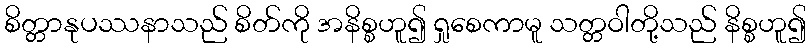
စိတ္တာနုပဿနာသည် စိတ်ကို အနိစ္စဟူ၍ ရှုစေကာမူ သတ္တဝါတို့သည် နိစ္စဟူ၍